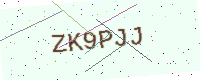
Text: ZK9PJJ